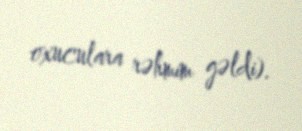
oxuculara rəhmim gəldi).